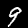
Label: 9